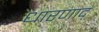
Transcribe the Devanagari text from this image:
धारणाद्